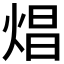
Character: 焻